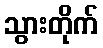
သွားတိုက်